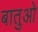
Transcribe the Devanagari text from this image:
बातुओ